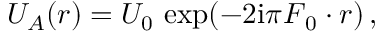
U _ { A } ( \boldsymbol r ) = U _ { 0 } \, \exp ( - 2 \mathrm { i } \pi \boldsymbol F _ { 0 } \boldsymbol \cdot \boldsymbol r ) \, ,